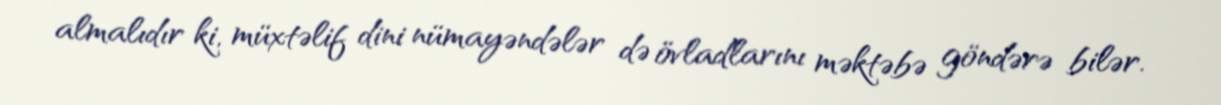
almalıdır ki, müxtəlif dini nümayəndələr də övladlarını məktəbə göndərə bilər.